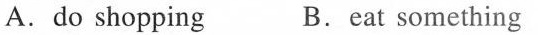
A.do shopping B.Eat something